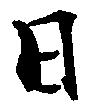
日